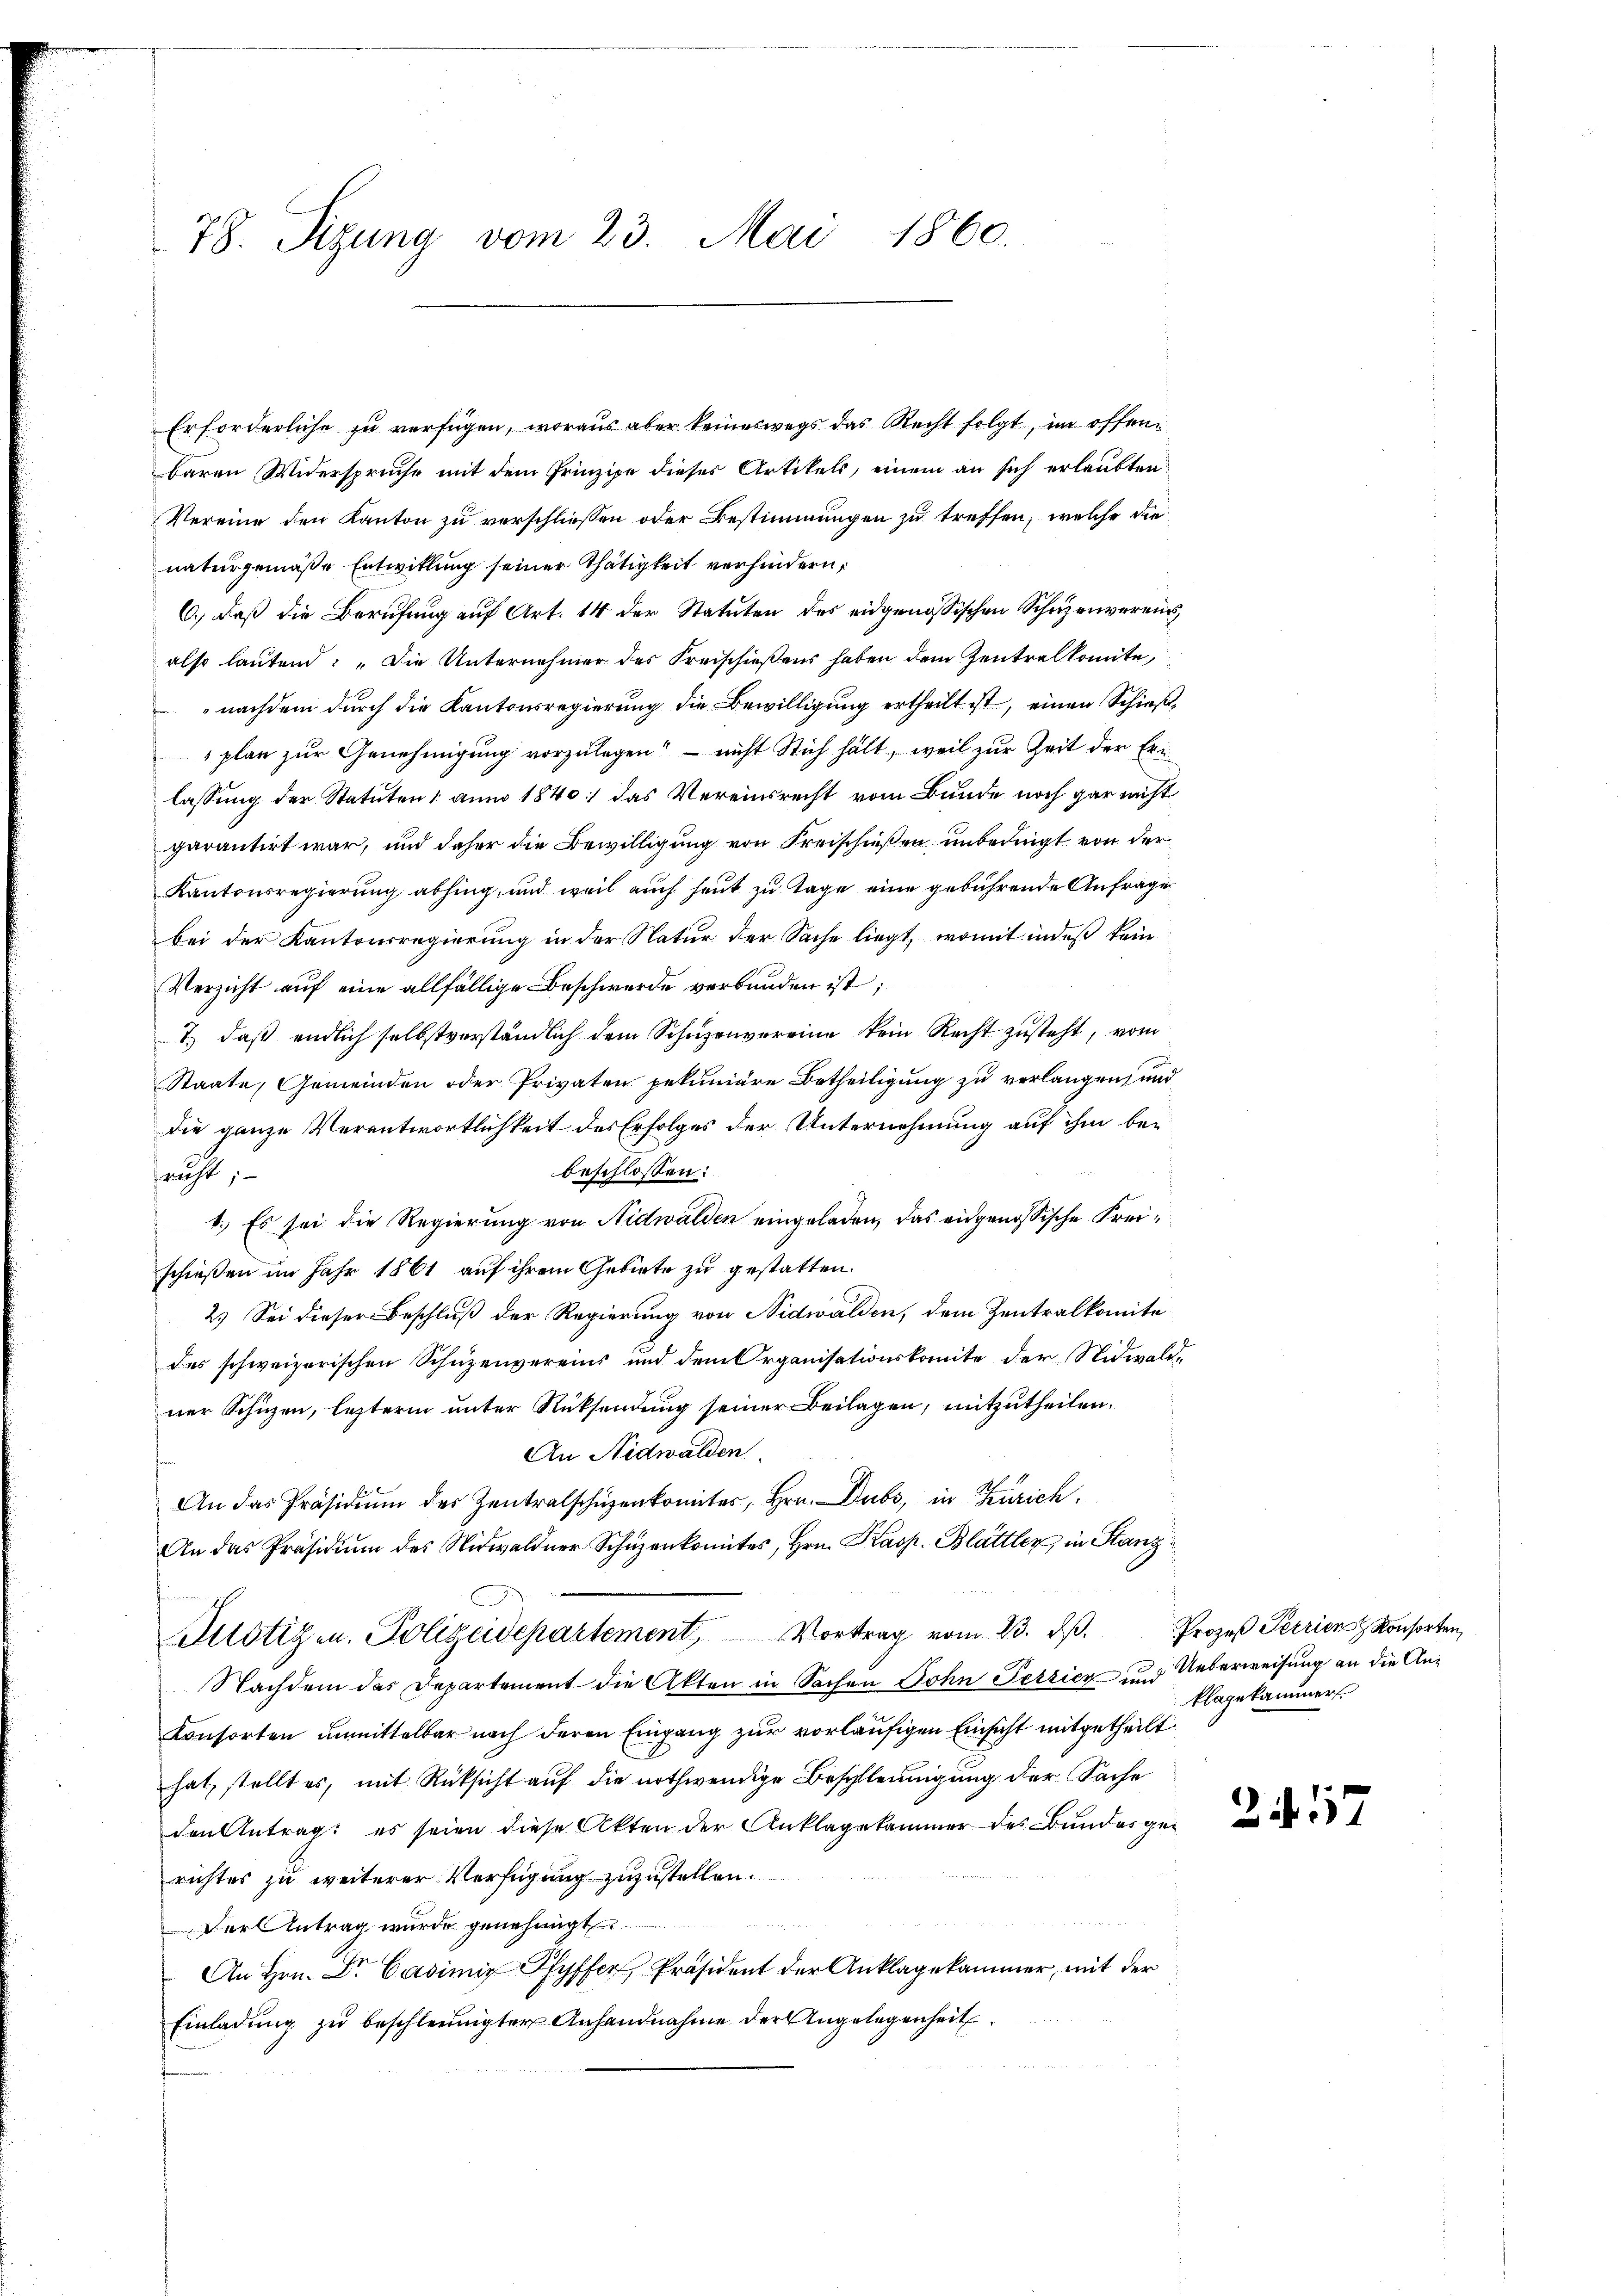
78. Sizung vom 23. Mai 1860.

naturgemäße Entwitlung seiner Thätigkeit verhindern,
6.) Daß die Berufung auf Art. 14 der Statuten des eidgenössischen Schüzenverein,
also lautend: „Die Unternehmer des Kreischießens haben dem Zentralkomite,
nachdem durch die Kantonsregierung die Bewilligung ertheilt ist, einen Schieß,
plan zur Genehmigung vorzulegen? – nicht Stich hält, weil zur Zeit der Ern
lassung der Statuten 1 aum 1840 das Vereinsrecht vom Bunde noch gar nicht
garantirt war, und daher die Bewilligung von Freischießen unbedingt von der
Kantonsregierung abhing, und weil auch heut zu Tage eine gebührende Anfrage
bei der Kantonsregierung in der Natur der Sache liegt, womit indeß kein
Verzicht auf eine allfällige Beschwerde verbunden ist;
I) daß endlich selbstverständlich dem Schüzenvereine kein Recht zusteht, vom
Staate, Gemeinden oder Privaten pekuniäre Betheiligung zu verlangen, und
die ganze Verantwortlichkeit des Erfolges der Unternehmung auf ihm bebeschlossen:
rucht; —
4.) Es sei die Regierung von Nidwalden eingeladen, das eidgenössische Freischießen im Jahr 1861 auf ihrem Gebiete zu gestatten.
2.) Sei dieser Beschluß der Regierung von Nidwalden, dem Zentralkomite
des schweizerischen Schüzenvereins und dem Organisationskomite der Nidwaldner Schüzen, letzterm unter Rücksendung seiner Beilagen, mitzutheilen.
An Nidwalden
An das Präsidiŭm der Zentralschüzenkomites, Hrn. Dubs, in Zürich
An das Präsidiŭm des Nidwaldner Schüzenkomites, Hrn. Kasp. Blattler in Stanz.
Zustiz u. Polizeidepartement, Vortrag vom 23. dβ. Prozeß Perrien Konsorten,
Nachdem das Departement die Akten in Sachen John Peszicz und Ueberweisung an die An¬
Konsorten unmittelbar nach deren Eingang zur vorläufigen Einsicht mitgetheilt
hat, stellt es, mit Rücksicht auf die nothwendige Beschleunigung der Sache
den Antrag: es seien diese Akten der Anklagekammer des Bundesgerichtes zu weiterer Verfügung zuzustellen.
Der Antrag wurde genehmigt
An Hrn. Dr. Casimir Pfyffer, Präsident der Anklagekammer, mit der
Einladung zu beschleunigter Anhandnahme der Angelegenheit

Erforderliche zu verfügen, woraus aber keineswegs das Recht folgt, im offenbaren Widerspruche mit dem Prinzipe dieses Artikels, einem an sich erlaubten
Vereine den Kanton zu verschließen oder Bestimmungen zu treffen, welche die

klagekammer.

2457